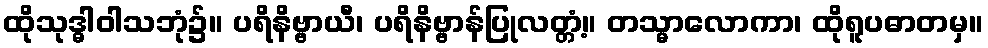
ထိုသုဒ္ဓါဝါသဘုံ၌။ ပရိနိဗ္ဗာယီ၊ ပရိနိဗ္ဗာန်ပြုလတ္တံ့။ တသ္မာလောကာ၊ ထိုရူပဓာတမှ။